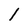
Character: 1